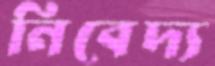
নিবেদ্য